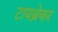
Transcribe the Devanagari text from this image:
टायब्रेकर